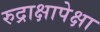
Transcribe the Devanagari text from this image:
रुद्राक्षापेक्षा